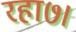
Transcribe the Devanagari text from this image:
रहा७।